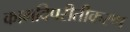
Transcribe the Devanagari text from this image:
कामविपरीतीकरण